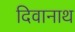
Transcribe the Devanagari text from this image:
दिवानाथ